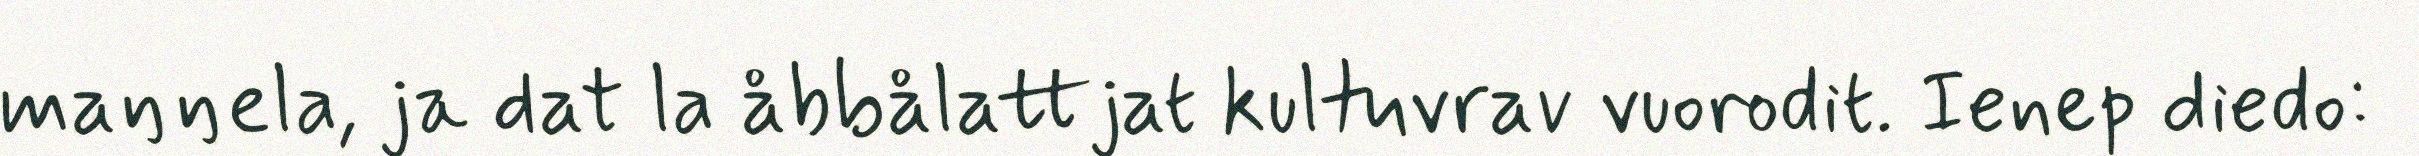
maŋŋela, ja dat la åbbålattjat kultuvrav vuorodit. Ienep diedo: